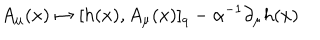
A _ { \mu } ( x ) \mapsto [ h ( x ) , A _ { \mu } ( x ) ] _ { q } - \alpha ^ { - 1 } \partial _ { \mu } h ( x )